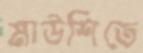
মাউশিতে